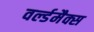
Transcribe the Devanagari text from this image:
वर्ल्डमैक्स